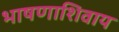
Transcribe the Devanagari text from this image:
भाषणाशिवाय